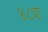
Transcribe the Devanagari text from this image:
४८वा